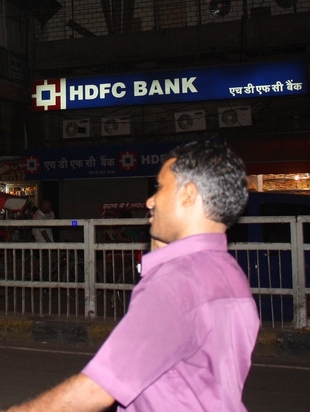
Language: hindi
Transcription: बैंक एफ डी एच सी